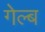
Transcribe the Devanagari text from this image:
गेल्ब